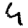
Digit: 4